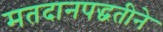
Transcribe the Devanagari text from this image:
मतदानपद्धतीने